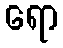
ရော